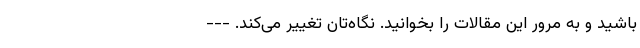
باشید و به مرور این مقالات را بخوانید. نگاه‌تان تغییر می‌کند. ---